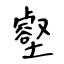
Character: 壑